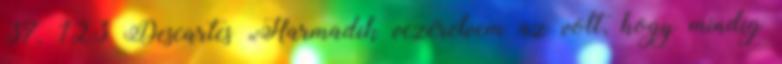
37. 123 Descartes „Harmadik vezérelvem az volt, hogy mindig